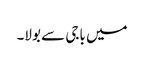
میں باجی سے بولا۔